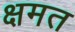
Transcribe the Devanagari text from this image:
क्षमत